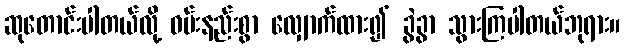
ဆုတောင်းပါတယ်လို့ ဝမ်းနည်းစွာ လျှောက်ထား၍ ခွဲခွာ သွားကြပါတယ်ဘုရား။